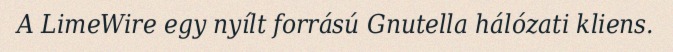
A LimeWire egy nyílt forrású Gnutella hálózati kliens.